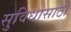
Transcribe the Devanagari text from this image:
सुविधासाठी